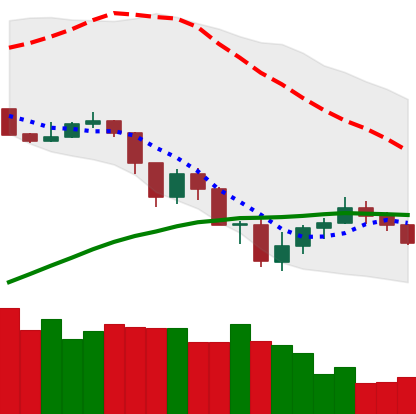
Ticker: ADA-USD
Chart end date: 2019-07-23
Forward return: 6.561%
Label: up_5_7